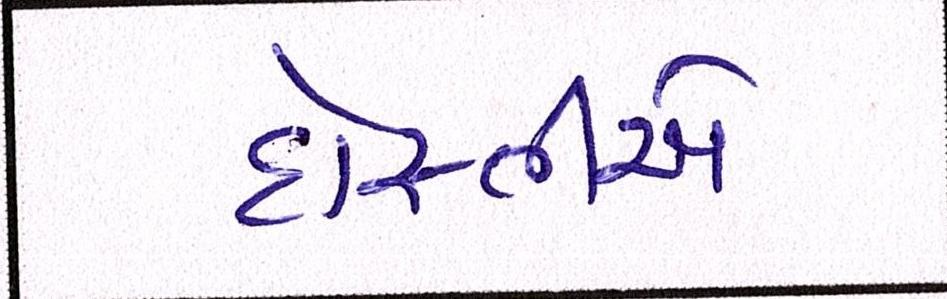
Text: દોસ્તીએ